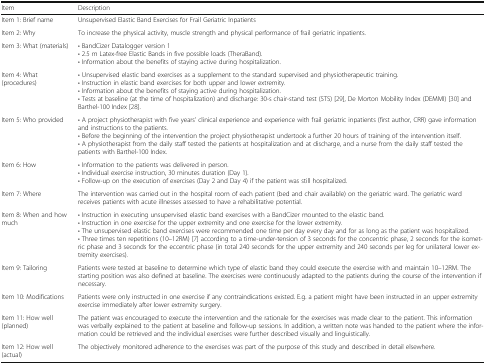
| Item | Description |
 | --- | --- |
 | Item 1: Brief name | Unsupervised Elastic Band Exercises for Frail Geriatric Inpatients |
 | Item 2: Why | To increase the physical activity, muscle strength and physical performance of frail geriatric inpatients. |
 | Item 3: What (materials) | • BandCizer Datalogger version 1• 2.5 m Latex-free Elastic Bands in five possible loads (TheraBand).• Information about the benefits of staying active during hospitalization. |
 | Item 4: What (procedures) | • Unsupervised elastic band exercises as a supplement to the standard supervised and physiotherapeutic training.• Instruction in elastic band exercises for both upper and lower extremity.• Information about the benefits of staying active during hospitalization.• Tests at baseline (at the time of hospitalization) and discharge: 30-s chair-stand test (STS) [29], De Morton Mobility Index (DEMMI) [30] and Barthel-100 Index [28]. |
 | Item 5: Who provided | • A project physiotherapist with five years’ clinical experience and experience with frail geriatric inpatients (first author, CRR) gave information and instructions to the patients.• Before the beginning of the intervention the project physiotherapist undertook a further 20 hours of training of the intervention itself.• A physiotherapist from the daily staff tested the patients at hospitalization and at discharge, and a nurse from the daily staff tested the patients with Barthel-100 Index. |
 | Item 6: How | • Information to the patients was delivered in person.• Individual exercise instruction, 30 minutes duration (Day 1).• Follow-up on the execution of exercises (Day 2 and Day 4) if the patient was still hospitalized. |
 | Item 7: Where | The intervention was carried out in the hospital room of each patient (bed and chair available) on the geriatric ward. The geriatric ward receives patients with acute illnesses assessed to have a rehabilitative potential. |
 | Item 8: When and how much | • Instruction in executing unsupervised elastic band exercises with a BandCizer mounted to the elastic band.• Instruction in one exercise for the upper extremity and one exercise for the lower extremity.• The unsupervised elastic band exercises were recommended one time per day every day and for as long as the patient was hospitalized.• Three times ten repetitions (10–12RM) [7] according to a time-under-tension of 3 seconds for the concentric phase, 2 seconds for the isometric phase and 3 seconds for the eccentric phase (in total 240 seconds for the upper extremity and 240 seconds per leg for unilateral lower extremity exercises). |
 | Item 9: Tailoring | Patients were tested at baseline to determine which type of elastic band they could execute the exercise with and maintain 10–12RM. The starting position was also defined at baseline. The exercises were continuously adapted to the patients during the course of the intervention if necessary. |
 | Item 10: Modifications | Patients were only instructed in one exercise if any contraindications existed. E.g. a patient might have been instructed in an upper extremity exercise immediately after lower extremity surgery. |
 | Item 11: How well (planned) | The patient was encouraged to execute the intervention and the rationale for the exercises was made clear to the patient. This information was verbally explained to the patient at baseline and follow-up sessions. In addition, a written note was handed to the patient where the information could be retrieved and the individual exercises were further described visually and linguistically. |
 | Item 12: How well (actual) | The objectively monitored adherence to the exercises was part of the purpose of this study and described in detail elsewhere. |